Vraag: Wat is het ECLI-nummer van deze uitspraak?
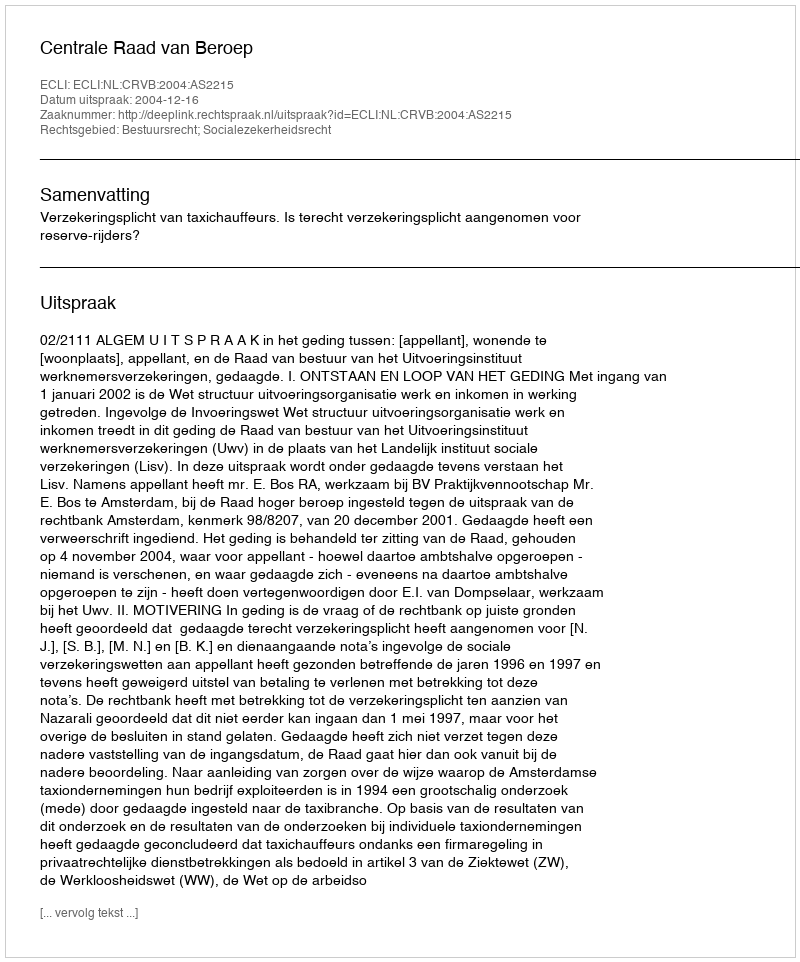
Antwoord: ECLI:NL:CRVB:2004:AS2215